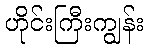
ဟိုင်းကြီးကျွန်း